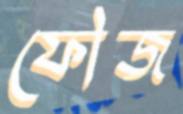
ফৌজ